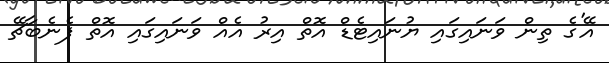
އޭ'ގެ ތިން ވަނައިގައި ޔުުނައިޓެޑް އޮތް އިރު އެއް ވަނައިގައި އޮތް ފެނެބާޗޭ